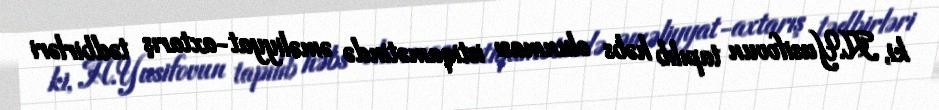
ki, H.Yusifovun tapılıb həbs olunması istiqamətində əməliyyat-axtarış tədbirləri